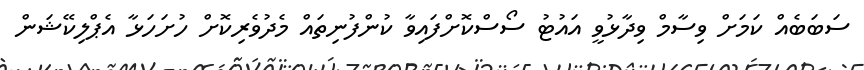
ސަބަބެއް ކަމަށް ވިސާމް ވިދާޅުވީ އައުޓު ސޯސްކޮށްފައިވާ ކުންފުނިތައް މެދުވެރިކޮށް ހުށަހަޅާ އެޕްލިކޭޝަން